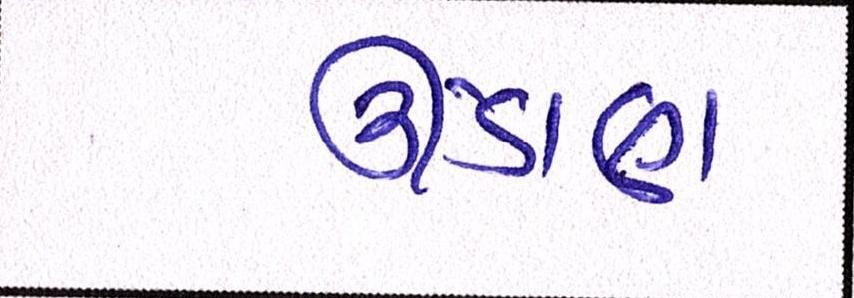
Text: ઊંડાણ